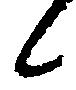
候